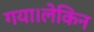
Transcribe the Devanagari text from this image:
गया।लेकिन